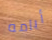
أيامه